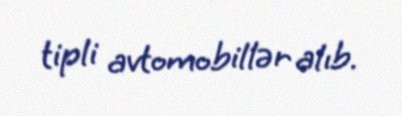
tipli avtomobillər alıb.